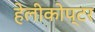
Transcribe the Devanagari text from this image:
हेलीकोप्टर